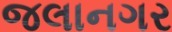
જલાનગર